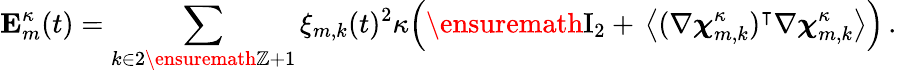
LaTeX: \mathbf{E}_{m}^{\kappa}(t)=\sum_{k\in 2\ensuremath{\mathbb{Z}}+1}\xi_{m,k}(t)^{2}\kappa\Bigl(\ensuremath{\mathrm{I}_{2}}+\, \bigl\langle(\nabla{\boldsymbol{\chi}}_{m,k}^{\kappa})^{\intercal}\nabla{\boldsymbol{\chi}}_{m,k}^{\kappa}\bigr\rangle\Bigr)\, .